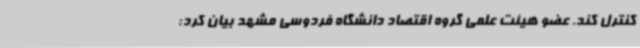
کنترل کند. عضو هیئت علمی گروه اقتصاد دانشگاه فردوسی مشهد بیان کرد: